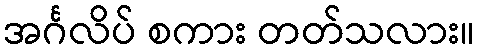
အင်္ဂလိပ် စကား တတ်သလား။